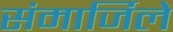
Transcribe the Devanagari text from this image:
संमार्जिले